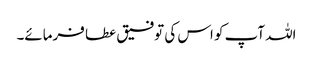
اللہ آپ کو اس کی توفیق عطا فرمائے۔